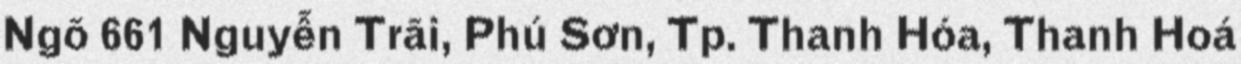
Ngõ 661 Nguyễn Trãi, Phú Sơn, Tp. Thanh Hóa, Thanh Hoá